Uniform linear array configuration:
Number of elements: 48
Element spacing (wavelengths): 1
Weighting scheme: exponential
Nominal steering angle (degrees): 60
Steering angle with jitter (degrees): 61.141
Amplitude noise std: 0.05
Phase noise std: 0.05

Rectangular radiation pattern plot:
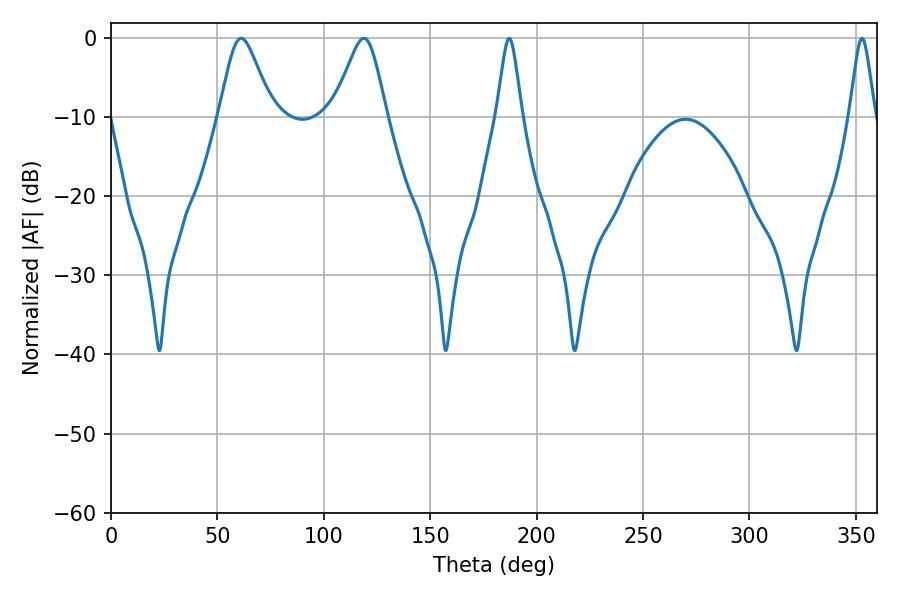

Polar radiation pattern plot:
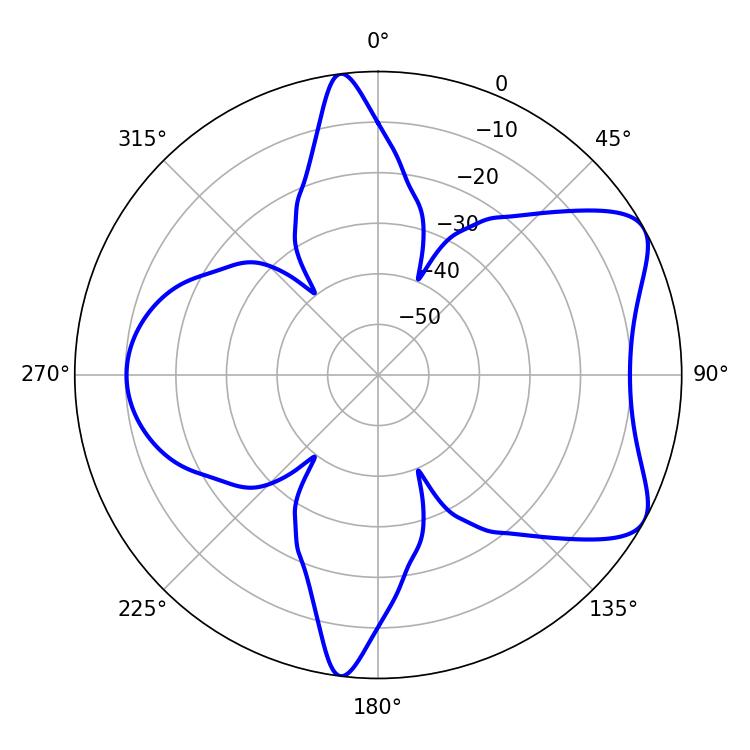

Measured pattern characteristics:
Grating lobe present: TRUE
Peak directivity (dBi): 6.946
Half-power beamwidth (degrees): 12.06
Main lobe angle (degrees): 61.2